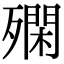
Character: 𣩝